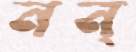
নন্